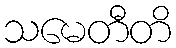
သမေတီတိ